Vital statistics of India. Vol. VI, European troops 1870-79
Year: 1870
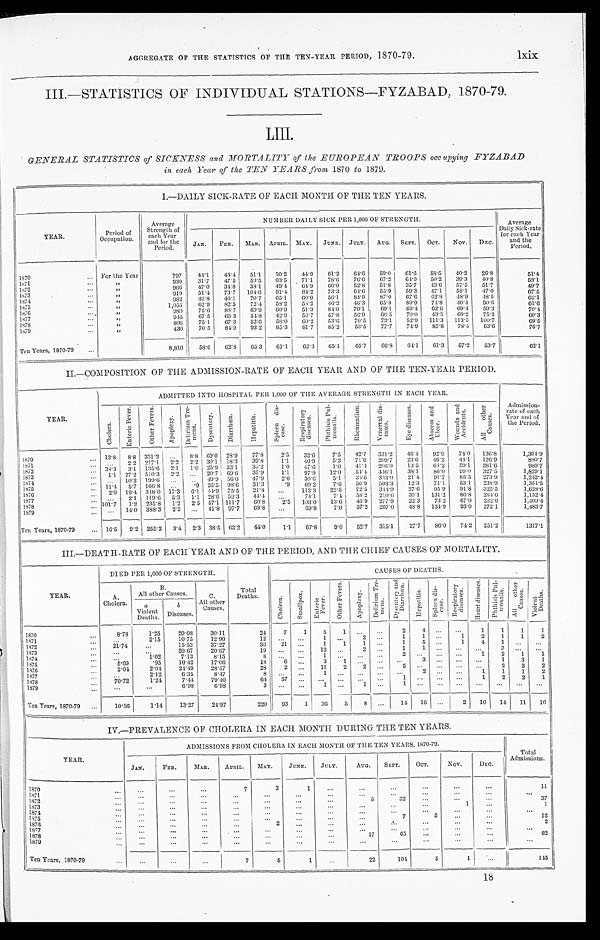
AGGREGATE OF THE STATISTICS OF THE TEN-YEAR PERIOD, 1870-79.
lxix
III.—STATISTICS OF INDIVIDUAL STATIONS—FYZABAD, 1870-79.
LIII.
GENERAL STATISTICS of SICKNESS and MORTALITY of the EUROPEAN TROOPS occupying FYZABAD
in each Year of the TEN YEARS from 1870 to 1879.
I.—DAILY SICK-RATE OF EACH MONTH OF THE TEN YEARS.
YEAR.
Period of
Occupation.
Average
Strength of
each Year
and for the
Period.
NUMBER DAILY SICK PER 1,000 OF STRENGTH.
Average
Daily Sick-rate
for each Year
and the
Period.
JAN. FEB. MAR. APRIL. MAY. JUNE. JULY. AUG. SEPT. OCT. NOV. DEC.
1870
... For the Year
797
44.1 45.4 51.1 50.2 44.9 61.2 64.6 59.0 61.6 58.5 40.2 26.8
51.4
1871
. . .
„
930
31.7 47.5 59.5 63.5 71.1 78.6 76.6 67.2 64.0 50.2 39.3 40.8
58.1
1872
...
„
9 6 6
47.0 34.8 38.1 49.4
6 4 . 9 6 6 . 0
52.8 51.8 35. 7
43.6 57.5 51.7
49.7
1873
. . .
„
919 51.4 73.7 104.6
91.4 84.2 73.3 64.6 55.9 59. 3
47.1 58.1 47.0
67.5
1 8 7 4
. . .
„
982 49.8 46.1 70.7 65.1
6 0 . 0 56.1 84.9 87.0 67.6 62.8 48.9 48.5
62.1
1875
. . .
„
1,055
62.9 82.5
72.4 58.2 58.2 46.2 46.3
6 5 . 8 89. 9
74.8 40.4 50.6
61.6
1876
....
„
980
75.6 88.7 69.9 60.9 51.9 84.0 79.1
6 9 . 1 69.4
62.6
6 9 . 4 59.3
7 0 . 4
1877
. . .
„
945 67.5 65.3 54.8 42.9 56.7 57.8 56.9 66.5 70. 0
43.5 69.2 75.2
60.3
1878
. . .
„
806 75.1 67.3 52.6 58.0 60.2 53.6 70.5 73.1 52. 9
111.3 113.5 100.7
69.5
1 8 7 9
. . .
„
430 70.5 84.9
93.2 85.3 81.7 85.2 53.5 77.7 74. 9
85.8 78.4
6 3 . 6
7 6 . 7
Ten Years, 1870-79
. . .
8,810
58.6 62.8
65.3 61.1 62.3 65.1 65.7 66.8 64.1 61.3 57.2 53.7
62.1
II.—COMPOSITION OF THE ADMISSION-RATE OF EACH YEAR AND OF THE TEN-YEAR PERIOD.
YEAR.
ADMITTED INTO HOSPITAL PER 1,000 OF THE AVERAGE STRENGTH IN EACH YEAR.
Admission-
rate of each
Year and of
the Period.
C h o l e r a .
E n t e r i c F e v e r .
O t h e r F e v e r s .
A p o p l e x y .
D e l i r i u m T r e -
m e n s .
D y s e n t e r y .
D i a r r h œ a .
H e p a t i t i s .
S p l e e n d i s -
ease.
R e s p i r a t o r y
d i s e a s e s .
P h t h i s i s P u l -
m o n a l i s .
R h e u m a t i s m .
V e n e r e a l d i s -
e a s e s .
E y e d i s e a s e s . Ab s c e s s a n d
Ul cer .
W o u n d s a n d
A c c i d e n t s .
A l l o t h e r
C a u s e s .
1870
. . . 13.8 8.8 331.2 ... 8.8 69.0 28.9 77.8
2.5 32.6
7.5 42.7 331.2 46.4 92.9 74.0 136.8
1,304.9
1871
. . .
. . . 2.2 217.1 2.2 2.2 30.1 18.3 39.8
1.1 40.9
5.3 71.0 209.7 23.6 46.2 44.1 126.9
8 8 0 . 7
1872
... 38.3 3.1 135.6 2.1 1.0 25.9 33.1 35.2
1.0
4 7 . 6 1.0 41.4 206.0 13.5 64.2 59.1 281.6
989.7
1 8 7 3 . . . 1.1 27.2 510.3 2.2 ... 20.7 69.6 35.9
1.1 97.9 12.0 54.4 446.1 38.1 86.0 99.0 327.5
1,829.1
1 8 7 4
. . . ... 10.2 199.6 ...
..
49. 9
5 6 . 0 47.9
2.0 30.6
5.1 35.6 333.0 21.4 91.7 85.5 273.9
1, 242. 4
1875
. . . 11.4 5.7 166.8 ...
.9 26.5 98.6 31.3
.9 69.2
7.6 56.9 503.3 12.3 71.1 53.1 238.0
1,354.5
1876
. . . 2. 0 19.4 348.0 17.3 6.1 44.9 75.5 21.4
. . . 113.3 22.5 72.5 344.9 27.6 95.9 91.8 325.5
1, 628. 6
1877
. . . ... 2.1 119.6 5.3 1.1 28.6 59.3 44.4
. . .
74.1
7.4 58.2 210.6
39.1 131.2 86.8 284.6
1,152.4
1878
. . . 101.7 1.2 235.8 1.2 2.5 57.1 111.7 60.8
2.5 103.0 13.6 45.9 277.9 22.3 73.2 67.0 232.0
1,409.4
1 8 7 9
... ... 14.0 338.3 2.3 ... 41.8 97.7 69.8 ...
6 9 . 8 7.0 37.2 207.0 48.8 134.9 93.0 272.1
1,483.7
Ten Years, 1870-79
. . . 16.5 9.2 255.2 3.4 2.3 38.5 63.2 44.0 1.1 67.8
9.0 52.7 315.1
27.7 86.0 74.2 251.2
1317.1
III.—DEATH-RATE OF EACH YEAR AND OF THE PERIOD, AND THE CHIEF CAUSES OF MORTALITY.
DIED PER 1,000 OF STRENGTH.
Total
Deaths.
CAUSES OF DEATHS.
YEAR.
A.
Cholera.
B .
All other Causes.
C.
All other
causes.
C h o l e r a .
S m a l l p o x .
E n t e r i c
F e v e r .
O t h e r F e v e r s .
A p o p l e x y .
D e l i r i u m T r e -
mens.
D y s e n t e r y a n d
D i a r r h œ a .
H e p a t i t i s . S p l e e n d i s -
e a s e .
Res pi r at or y
di seases.
H e a r t d i s e a s e s . P h t h i s i s P u l -
m o n a l i s .
A l l o t h e r C a u s e s .
V i o l e n t
D e a t h s .
a
Violent
Deaths.
b
Diseases.
1870
. . . 8.78
1.25
20.08
30.11
24
7
1
5
1
. . . ...
2 4
... ...
1
1
1
1
1871
. . .
. . .
2.15
10.75
12.90
12
. . .
. . . 1
. . .
2 ...
1 1
...
1
2
1
1 2
1872
. . . 21.74
...
15.53
37.27
36 21 ...
1
1
1 ...
1
5 ...
1
4
1
. . .
. . .
1873
. . .
. . .
. . .
20.67
20.67
1 9
. . . ... 12 ...
2 ...
1
1 ...
. . . ...
3
. . .
. . .
1874
...
. . .
1.02
7.13
8.15
8
. . . ...
1 . . .
. . .
...
2 ... ...
. . . 1
2
1
1
1875
. . . 5.69
.95
10.42
17.06
18
6 ...
3
1
. . .
...
. . . 3 ...
. . . . . . 1
3
1
1876
. . . 2.04
2.04
24.49
28.57
28
2 ...
11
2
2 ...
5 ... ...
. . . . . . 2
2
2
1877
. . .
. . .
2.12
6.35
8.47
8
. . . ... 1
. . .
. . .
. . . ... 2
...
. . . 1
1
1
2
1878
...
70.72
1.24
7.44
79.40
64 57 ...
. . .
. . .
. . . ... 1 ... ...
. . . 1
2
2
1
1879
...
. . .
. . .
6.98
6.98
3
. . . ... 1
. . .
1 ...
1 ... ...
. . . . . .
. . .
. . .
. . .
Ten Years, 1870-79 ...
10.56
1.14
13.27
24.97
220 93
1 36
5
8 ...
14 16 ...
2 10 14 11 10
IV.—PREVALENCE OF CHOLERA IN EACH MONTH DURING THE TEN YEARS.
YEAR.
ADMISSIONS FROM CHOLERA IN EACH MONTH OF THE TEN YEARS, 1870-79.
Total
Admissions.
JAN.
FEB.
MAR. APRIL. MAY.
JUNE. JULY.
AUG. SEPT.
OCT.
NOV.
DEC.
1870
. . .
...
. . .
...
7
3
1
. . . ...
. . .
...
...
...
11
1871
...
...
. . .
. . .
...
. . .
. . . . . .
. . .
. . .
. . . . . .
...
...
1872
...
...
. . .
...
...
...
. . . ...
5
32
...
. . .
...
37
1873
. . .
...
...
. . .
. . .
...
...
...
. . .
. . .
. . .
1
...
1
1874
...
...
. . .
...
. . .
. . .
. . .
. . .
...
. . . ...
...
...
. . .
1875
. . .
...
. . .
...
...
...
. . .
...
...
7
5
. . .
. . .
12
1876
. . .
...
. . .
...
. . .
2
...
...
...
. . .
. . . . . .
...
2
1877
...
...
...
...
. . .
. . .
. . .
. . .
...
. . . ...
. . .
...
. . .
1878
...
....
...
. . .
. . .
. . .
...
. . .
17
65
. . . ...
. . .
82
1879
. . . ...
. . .
...
...
...
...
. . .
...
. . .
...
...
...
. . .
Ten Years, 1870-79
. . .
. . .
. . .
...
7
5
1
...
22
104
5
1
...
145
18